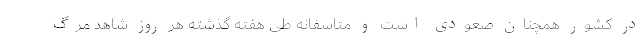
در کشور همچنان صعودی است و متاسفانه طی هفته گذشته هر روز شاهد مرگ